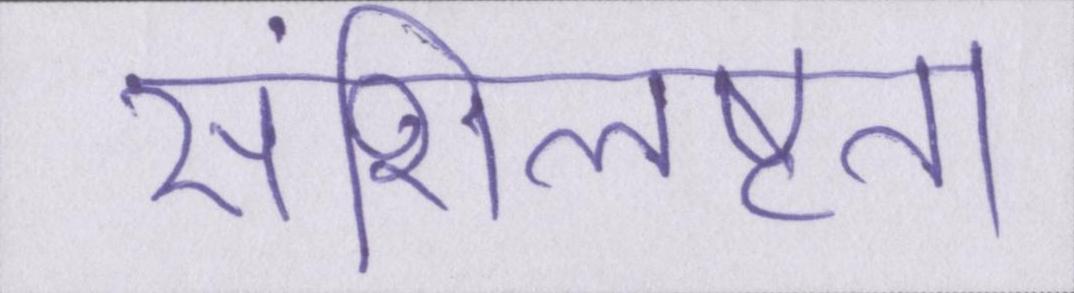
संशिलष्टता